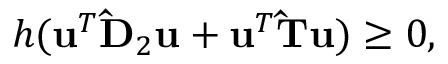
h ( \mathbf { u } ^ { T } \mathbf { \hat { D } } _ { 2 } \mathbf { u } + \mathbf { u } ^ { T } \mathbf { \hat { T } } \mathbf { u } ) \geq 0 ,